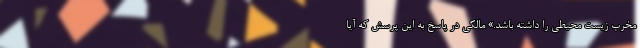
مخرب زیست محیطی را داشته باشد.» مالکی در پاسخ به این پرسش که آیا